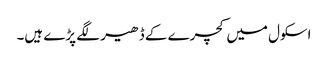
اسکول میں کچرے کے ڈھیر لگے پڑے ہیں۔